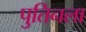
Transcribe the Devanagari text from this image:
पुतिनला